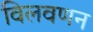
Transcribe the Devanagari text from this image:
विलवणन